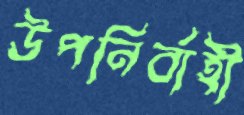
উপনির্বাহী